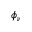
\phi _ { \nu }